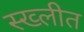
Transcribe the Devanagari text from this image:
स्ख्लीत